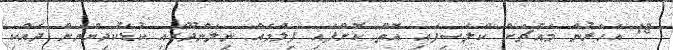
18 އަހަރުން މައްޗަށް ކްލެސިފައި އޮތް ކޮށްފައި ފިލްމެއް ނިލަންދޫގައި ކުޑަކުދިންނަށް ދެއްކި